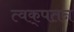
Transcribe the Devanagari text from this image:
त्वक्‌पतन